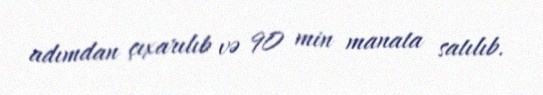
adımdan çıxarılıb və 90 min manata satılıb.